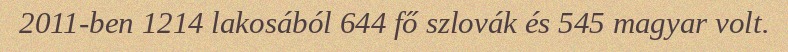
2011-ben 1214 lakosából 644 fő szlovák és 545 magyar volt.